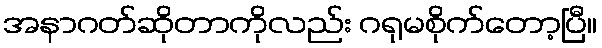
အနာဂတ်ဆိုတာကိုလည်း ဂရုမစိုက်တော့ပြီ။